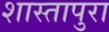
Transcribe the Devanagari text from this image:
शास्तापुरा